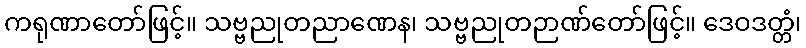
ကရုဏာတော်ဖြင့်။ သဗ္ဗညုတညာဏေန၊ သဗ္ဗညုတဉာဏ်တော်ဖြင့်။ ဒေဝဒတ္တံ၊